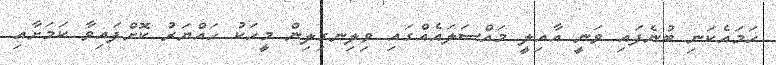
ހަމައެކަނި ބުނެފައި ވަނީ އާއިލީ މައްސަލައެއްގައި ވިލިނގިލިން މީހަކު ހައްޔަރު ކޮށްފައިވާ ކަމަށާއި